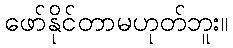
ဖော်နိုင်တာမဟုတ်ဘူး။